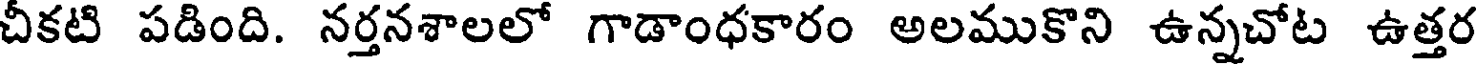
చీకటి పడింది. నర్తనశాలలో గాడాంధకారం అలముకొని ఉన్నచోట ఉత్తర